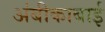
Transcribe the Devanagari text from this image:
अंबीकाबाई